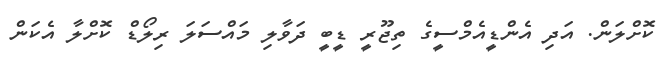
ކޮށްލަން. އަދި އެންޑީއެމްސީގެ ތިޖޫރީ ޑީބީ ދަވާލި މައްސަލަ ރިލޯޑް ކޮށްލާ އެކަން